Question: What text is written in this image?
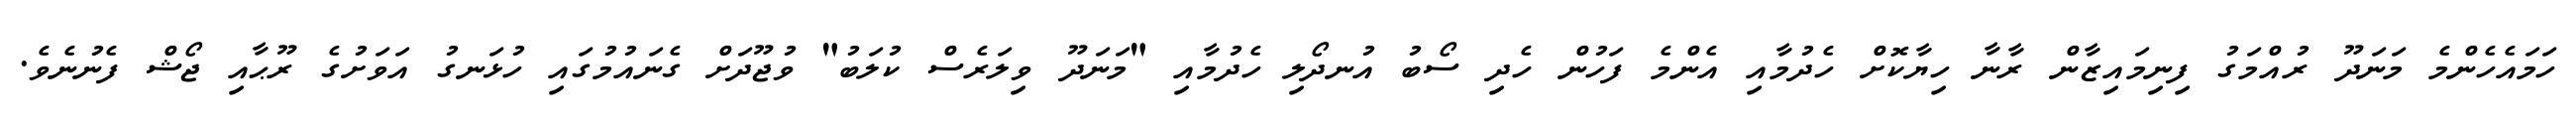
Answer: ހަމައެހެންމެ މަނަދޫ ރުއްމަގު ފިނިމައިޒާން ރާނާ ހިޔާކޮށް ހެދުމާއި އެންމެ ފަހުން ހެދި ސޯބު އުނދޯލި ހެދުމާއި "މަނަދޫ ވިލަރެސް ކުލަބު" ވުޖޫދަށް ގެނައުމުގައި ހުޅަނގު އަވަށުގެ ރޫޙާއި ޖޯޝް ފެނުނެވެ.